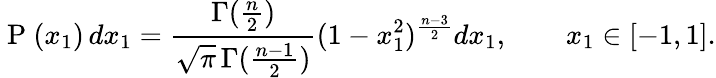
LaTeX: \mathrm{~P~}(x_{1})\, dx_{1}=\frac{\Gamma(\frac{n}{2})}{\sqrt{\pi}\, \Gamma(\frac{n-1}{2})}(1-x_{1}^{2})^{\frac{n-3}{2}}dx_{1},\qquad x_{1}\in[-1,1].